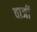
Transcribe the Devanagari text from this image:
वार्जी